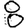
Digit: 8